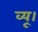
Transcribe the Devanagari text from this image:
व्यू।